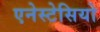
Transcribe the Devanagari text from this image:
एनेस्टेसियो